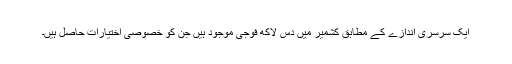
ایک سرسری اندازے کے مطابق کشمیر میں دس لاکھ فوجی موجود ہیں جن کو خصوصی اختیارات حاصل ہیں۔